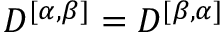
D ^ { [ \alpha , \beta ] } = D ^ { [ \beta , \alpha ] }